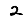
Digit: 2